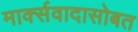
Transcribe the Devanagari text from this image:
मार्क्सवादासोबत